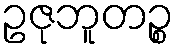
ဥဇုဘူတဉ္စ